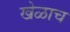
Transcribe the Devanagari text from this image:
खेळाच